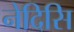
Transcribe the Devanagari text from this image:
नेदिसि